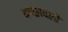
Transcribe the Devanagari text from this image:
बच्छावली